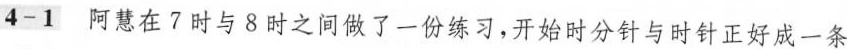
4-1 阿慧在7时与8时之间做了一份练习，开始时分针与时针正好成一条